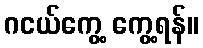
ဂငယ်ကွေ့ ကွေ့ရန်။